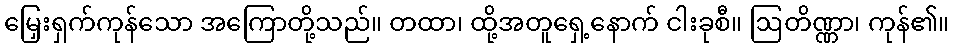
မြှေးရှက်ကုန်သော အကြောတို့သည်။ တထာ၊ ထို့အတူရှေ့နောက် ငါးခုစီ။ ဩတိဏ္ဏာ၊ ကုန်၏။